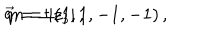
LaTeX: \vec { q } = \pm ( 1 , 1 , - 1 , - 1 ) \, , \hspace { 1 c m } m = | z _ { 3 } | \, ,